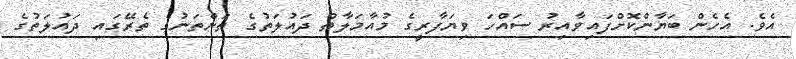
އެވެ. އެހެން ބަޔާންކޮށްފައިވާއިރު ސައްހަ ވިޔަފާރީގެ މުއާމަލާތް ދައުލަތުގެ ތަންތަނުގެ ތެރޭގައި ދައުލަތުގެ